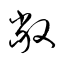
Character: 敞